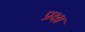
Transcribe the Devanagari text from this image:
प्रक्षा